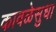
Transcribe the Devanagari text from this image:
कावळेसुधा